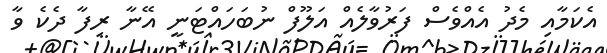
އެކަމާއި މެދު އެއްވެސް ފަރުވާލެއް އަލޫފް ނުބަހައްޓަނީ އޭނާ ރިފާ ދެކެ ވާ